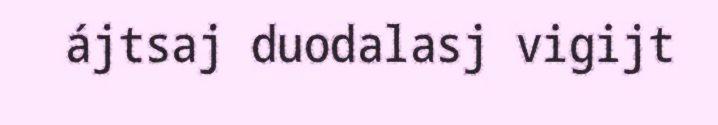
ájtsaj duodalasj vigijt